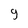
Character: g